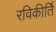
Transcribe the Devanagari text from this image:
रविकीर्ति